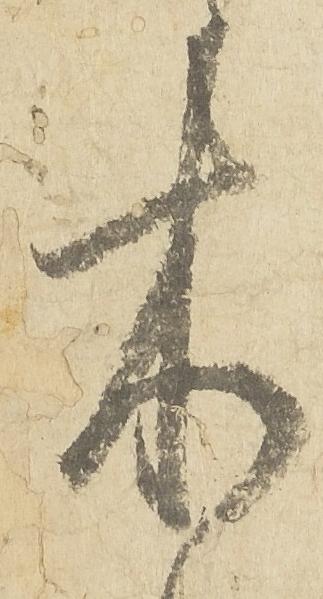
木